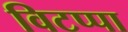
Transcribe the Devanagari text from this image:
विटप्पा